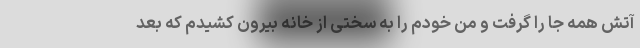
آتش همه جا را گرفت و من خودم را به سختی از خانه بیرون کشیدم که بعد